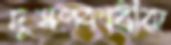
দূষণকারীরা